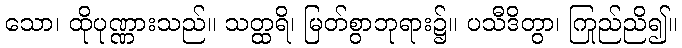
သော၊ ထိုပုဏ္ဏားသည်။ သတ္ထရိ၊ မြတ်စွာဘုရား၌။ ပသီဒိတွာ၊ ကြည်ညို၍။